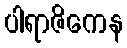
ပါရာဇိကေန